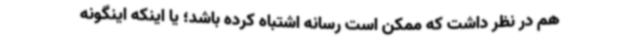
هم در نظر داشت که ممکن است رسانه اشتباه کرده باشد؛ یا اینکه اینگونه